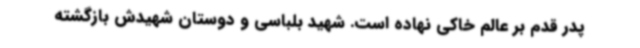
پدر قدم بر عالم خاکی نهاده است. شهید بلباسی و دوستان شهیدش بازگشته